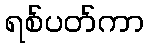
ရစ်ပတ်ကာ